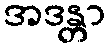
အဒန္တာ